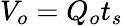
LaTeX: V_{o}=Q_{o}t_{s}